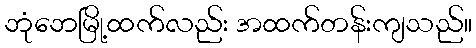
ဘုံဘေမြို့ထက်လည်း အထက်တန်းကျသည်။